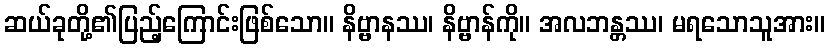
ဆယ်ခုတို့၏ပြည့်ကြောင်းဖြစ်သော။ နိဗ္ဗာနဿ၊ နိဗ္ဗာန်ကို။ အလဘန္တဿ၊ မရသောသူအား။